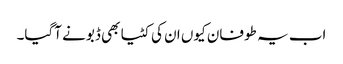
اب یہ طوفان کیوں ان کی کٹیا بھی ڈبونے آگیا۔